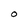
Character: O